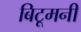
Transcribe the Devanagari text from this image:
बिटूमनी